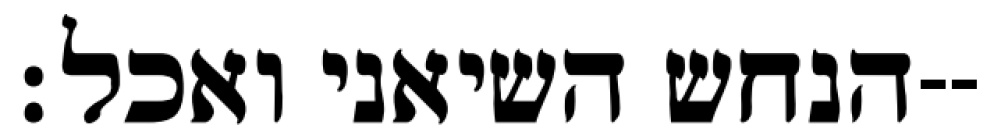
הנחש השיאני ואכל׃--